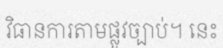
វិធានការតាមផ្លូវច្បាប់។ នេះ